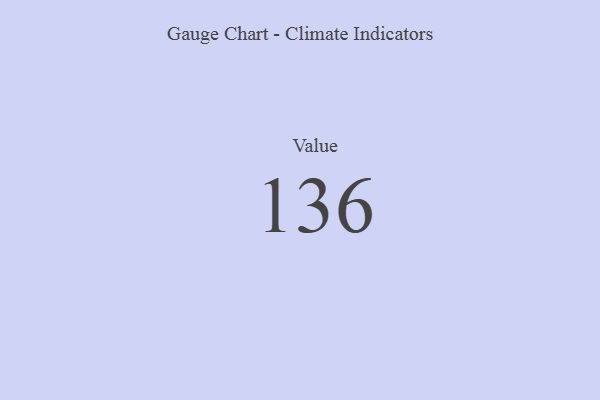
{"axis": {"x": "Metric", "y": "Value"}, "legend": [""], "data": [{"x": "Value", "y": 136, "type": ""}]}